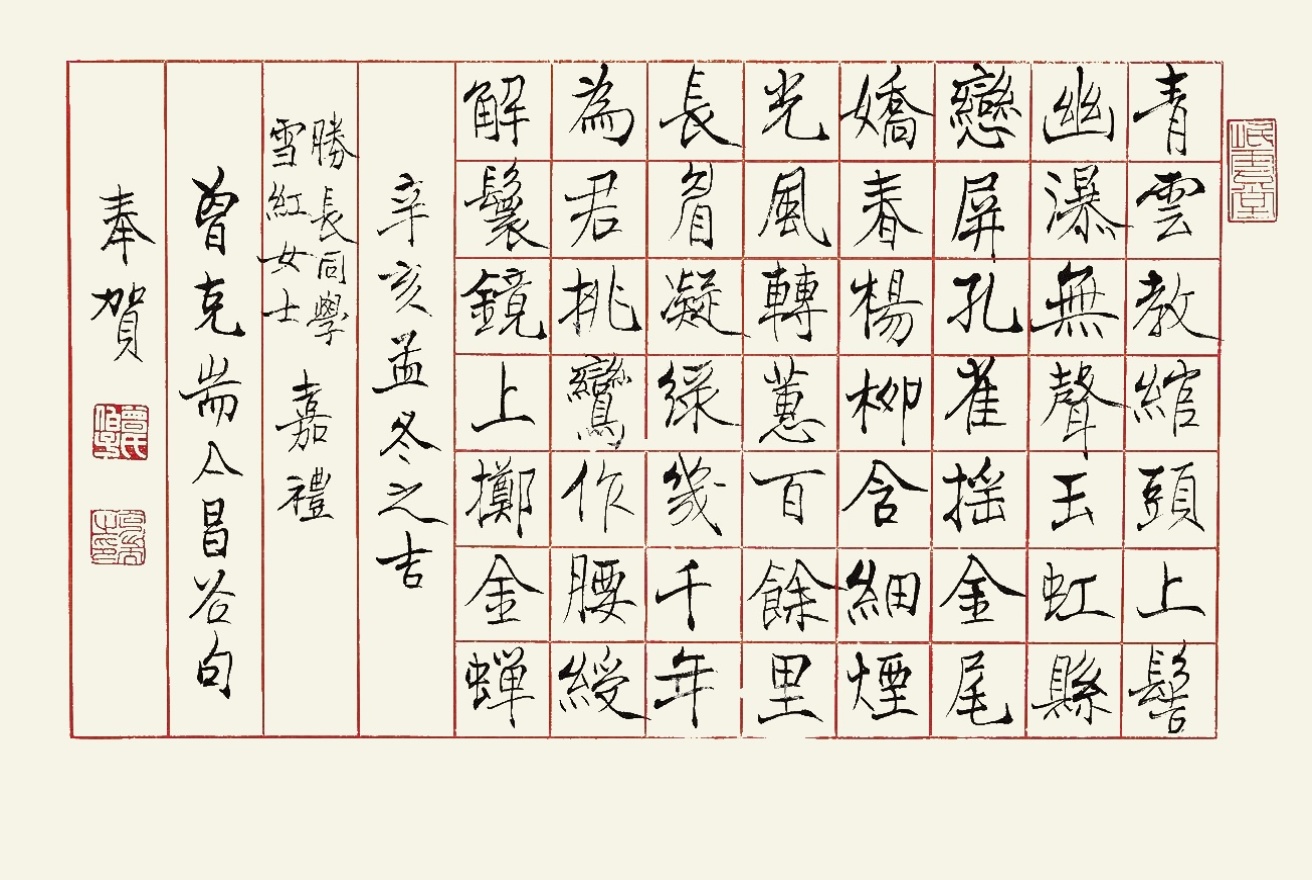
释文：青云教绾头上簪，幽瀑无声玉虹悬。恋屏孔雀摇金尾，娇春杨柳含细烟。光风转蕙百余里，长眉凝绿几千年。为君挑鸾作腰绶，解鬟镜上掷金蝉。辛亥孟冬之吉，胜长同学、雪红女士嘉礼，曾克端合昌谷句奉贺。